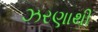
ઝરણાથી